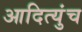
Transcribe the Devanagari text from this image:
आदित्युंच